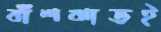
বাঁশঝাড়ই